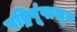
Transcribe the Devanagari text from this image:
षड्रिपूंपासून